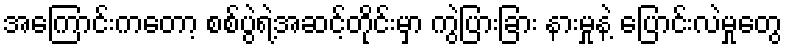
အကြောင်းကတော့ စစ်ပွဲရဲ့အဆင့်တိုင်းမှာ ကွဲပြားခြား နားမှုနဲ့ ပြောင်းလဲမှုတွေ